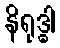
နိရုဒ္ဓါ